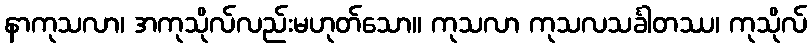
နာကုသလာ၊ အကုသိုလ်လည်းမဟုတ်သော။ ကုသလာ ကုသလသင်္ခါတဿ၊ ကုသိုလ်